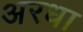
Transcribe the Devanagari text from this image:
अरधा